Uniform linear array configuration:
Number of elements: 64
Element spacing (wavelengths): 0.5
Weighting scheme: binomial
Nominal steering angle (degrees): -60
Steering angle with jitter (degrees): -61.775
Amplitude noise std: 0.05
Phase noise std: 0.05

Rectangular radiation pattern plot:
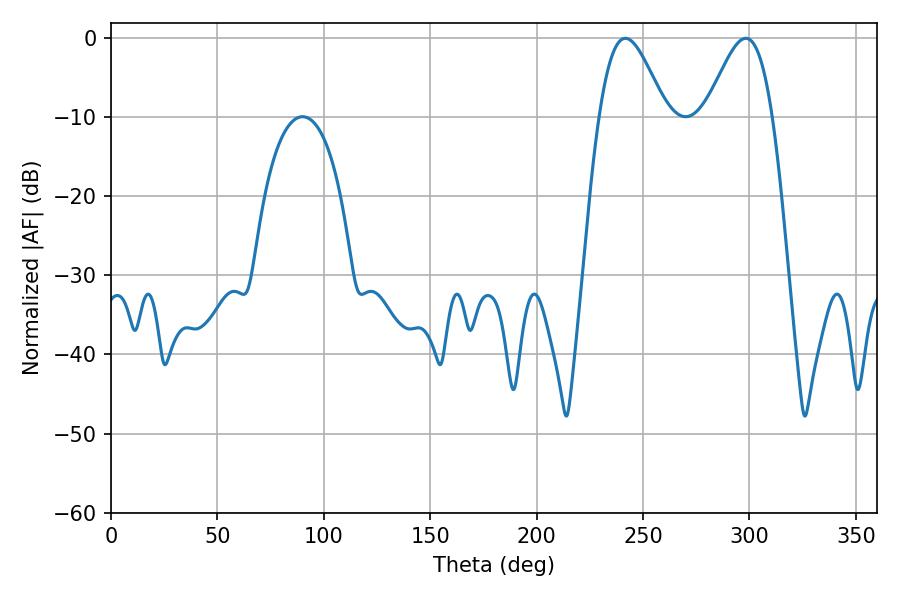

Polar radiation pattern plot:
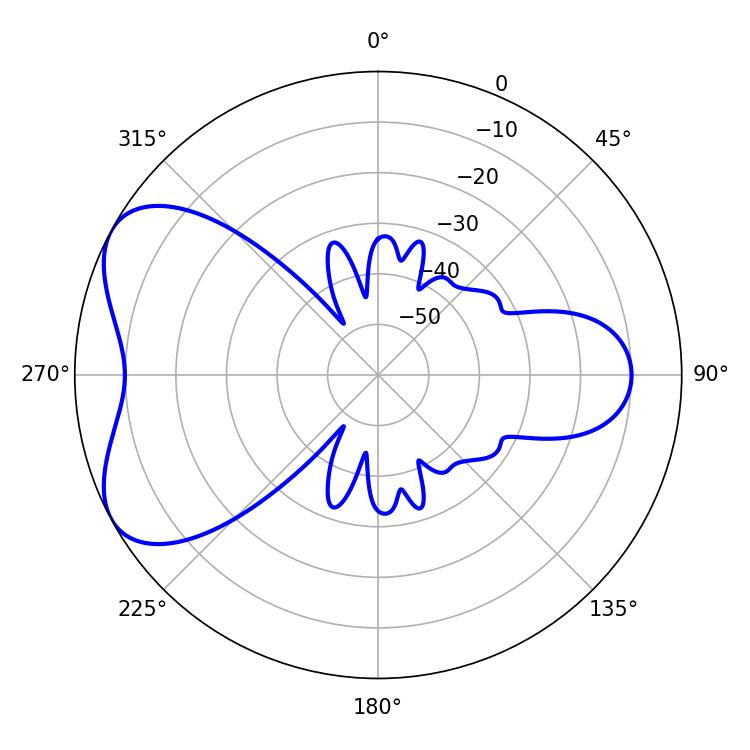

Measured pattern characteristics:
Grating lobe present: FALSE
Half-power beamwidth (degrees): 16.56
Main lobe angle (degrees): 241.74